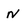
Character: n